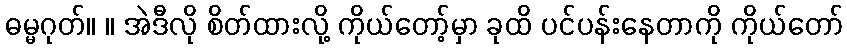
ဓမ္မဂုတ်။ ။ အဲဒီလို စိတ်ထားလို့ ကိုယ်တော့်မှာ ခုထိ ပင်ပန်းနေတာကို ကိုယ်တော်